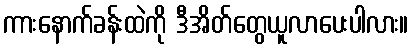
ကားနောက်ခန်းထဲကို ဒီအိတ်တွေယူလာပေးပါလား။